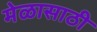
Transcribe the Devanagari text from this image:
मेळासाठी